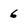
Character: 6